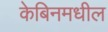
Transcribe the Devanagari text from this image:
केबिनमधील